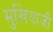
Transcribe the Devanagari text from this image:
मुखियाजी